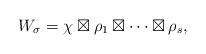
LaTeX: \begin{align*} W_\sigma=\chi\boxtimes \rho_1\boxtimes\cdots \boxtimes \rho_s,\end{align*}